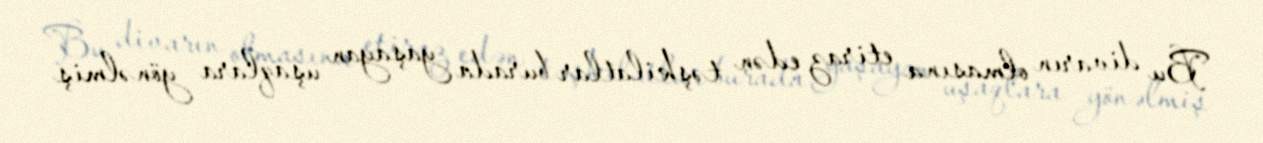
Bu divarın olmasına etiraz edən təşkilatlar burada yaşayan uşaqlara yönəlmiş